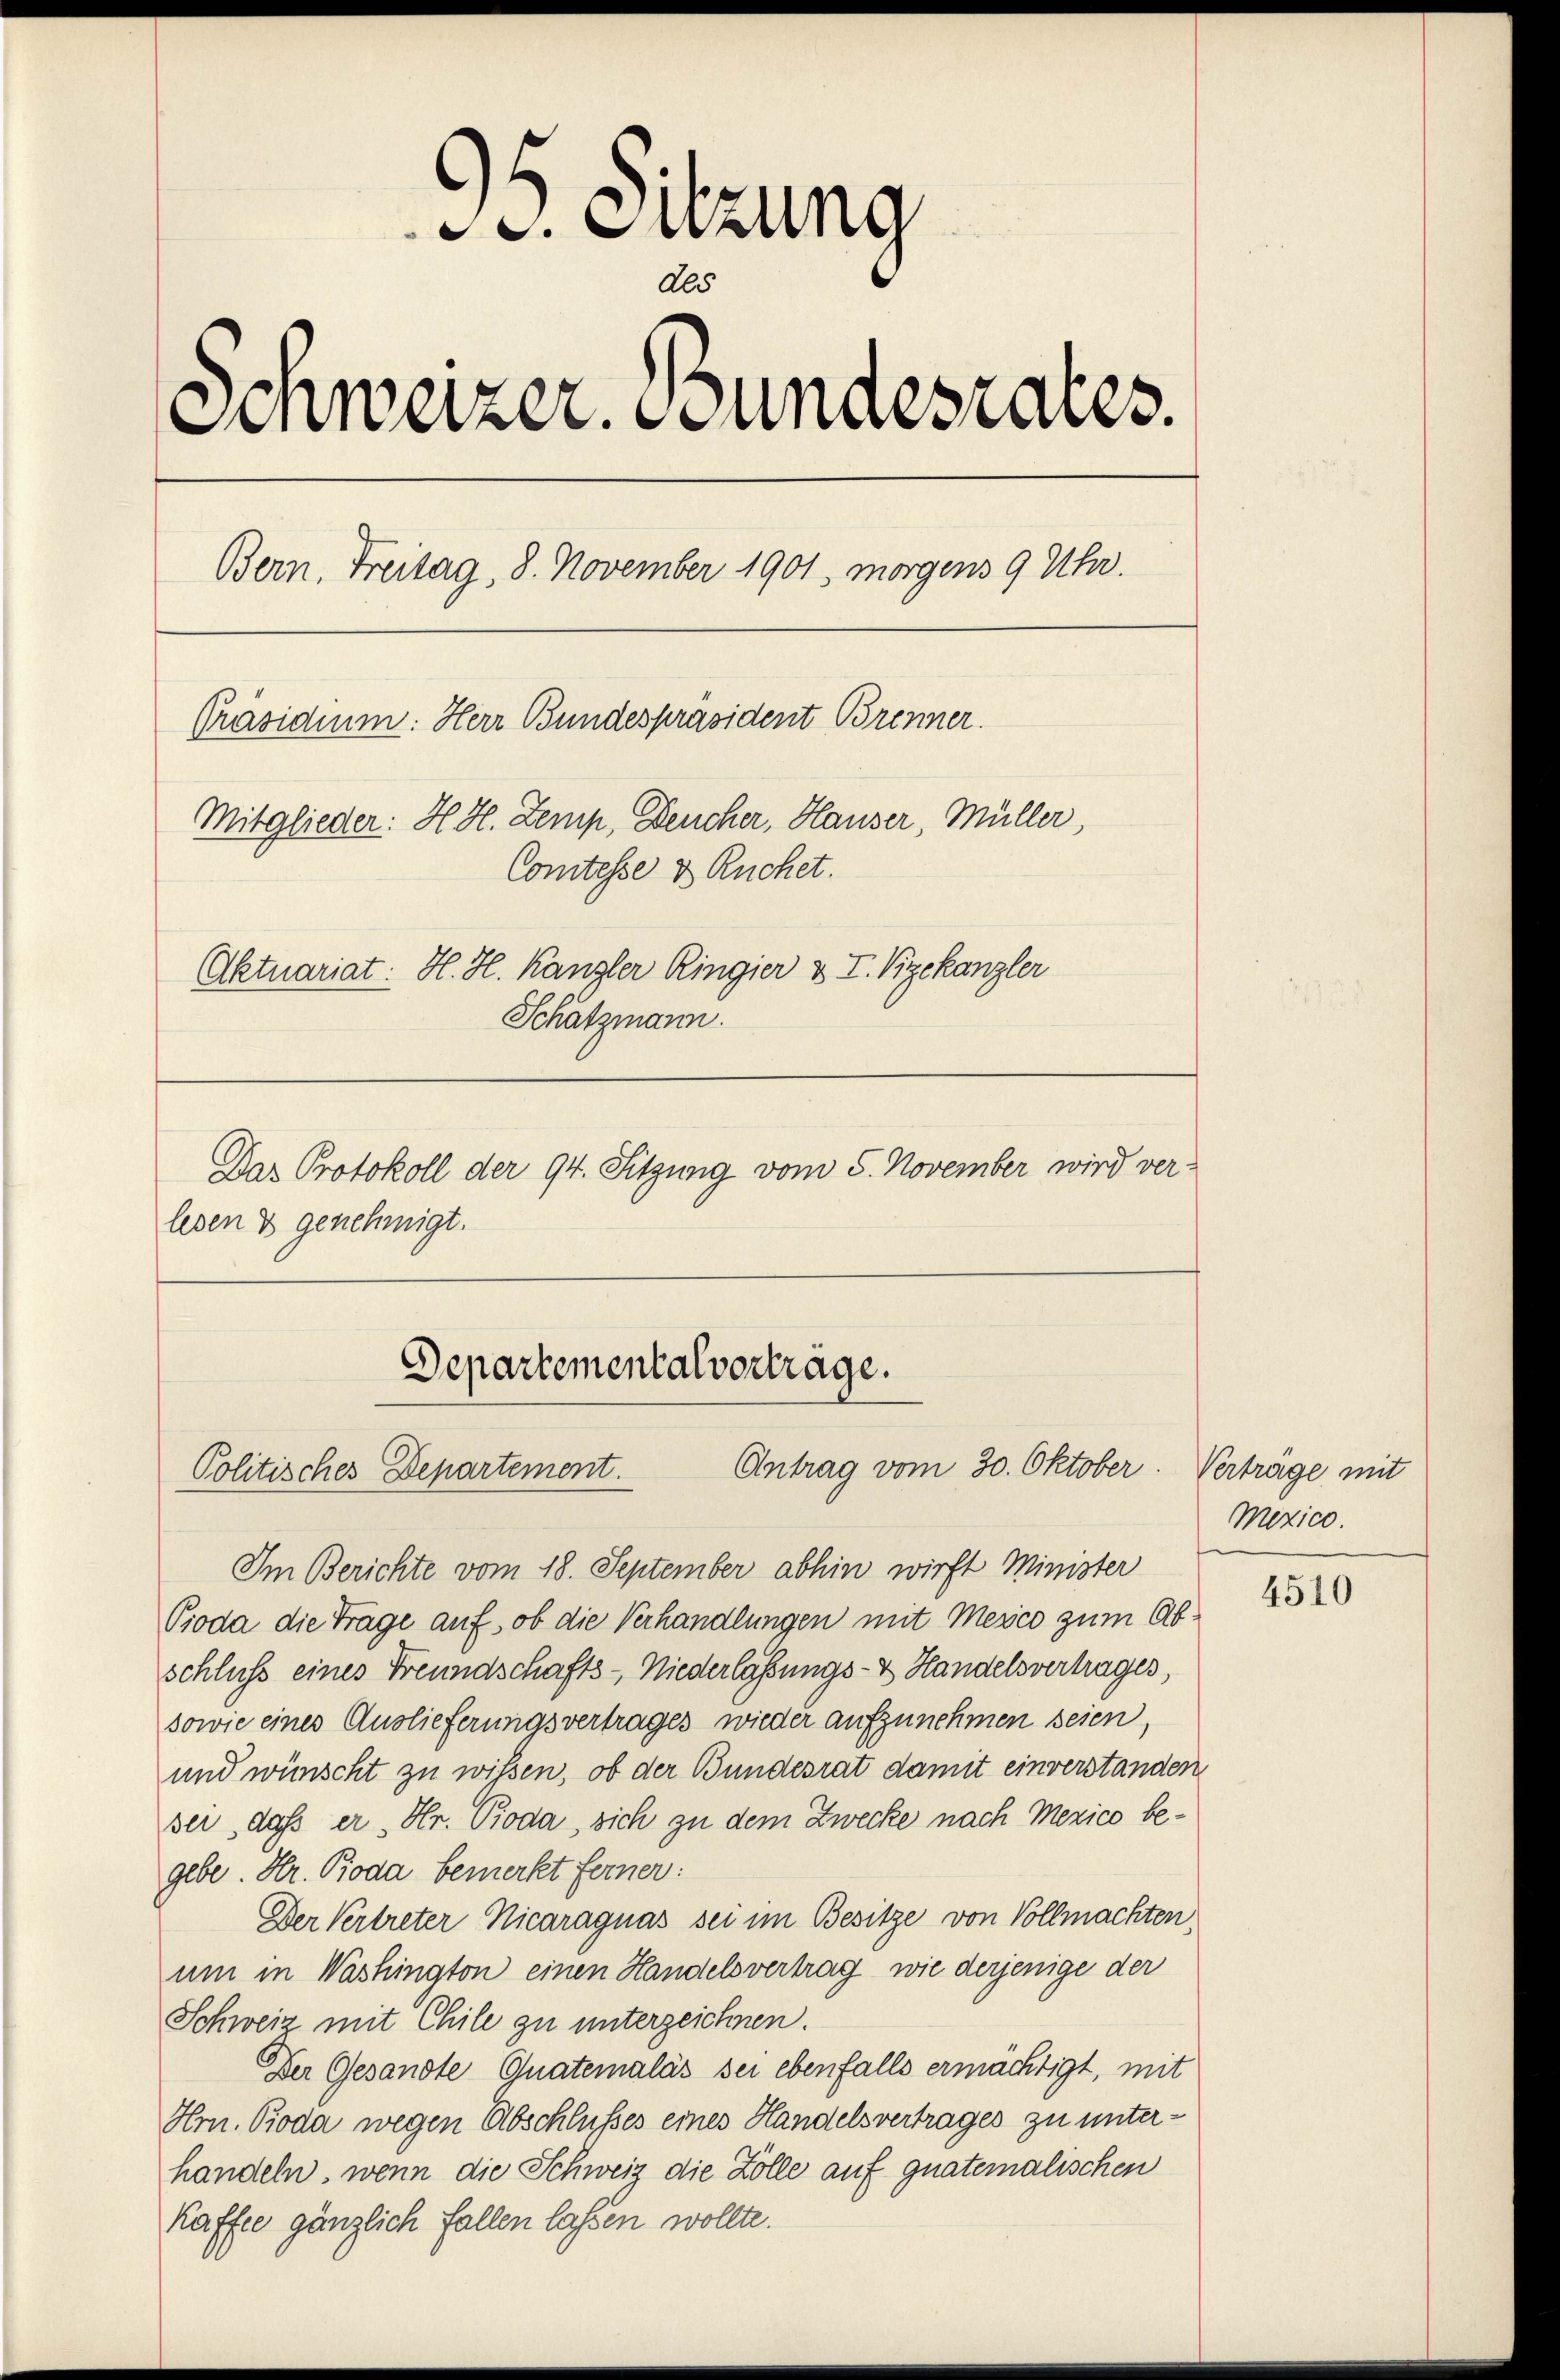
C. Sitzung
Ali
Schweizer. Bundesrates.
Bern, Freitag, 8. November 1901, morgens 9 Uhr.
Präsidium: Herr Bundespräsident Brenner.
Mitglieder: H. H. Zemp, Deucher, Hauser, Müller,
Comtesse & Ruchet.
Aktuariat: H. H. Kanzler Ringier & T. Vizekanzler
Schätzmann.
Dar Protokoll der 94. Sitzung vom 5. November wird ver-
lesen & genehmigt.

Im Berichte vom 18. September abhin wirft Minister
Boda die Trage auf, ob die Verhandlungen mit Mesco zum Abschluss eines Freundschafts-Niederlassungs- & Handelsvertrages,
sowie eines Auslieferungsvertrages wieder aufzunehmen seien,
und wünscht zu wissen, ob der Bundesrat damit einverstanden
ser, daß er, Hr. Pioda, sich zu dem Zwecke nach Mezico begebe. Hr. Boda bemerkt ferner:
Der Vertreter Nicaraguas sei im Besitze von Vollmachten,
um in Washington einen Handelsvertrag, wie derjenige der
Schweiz mit Chile zu unterzeichnen.
Der Gesandte Quatemalás sei ebenfalls ermächtigt, mit
Hr. Pioda wegen Abschlusses eines Handelsvertrages zu unterhandeln, wenn die Schweiz die Zolle auf guatemalischen
Kaffee gänzlich fallen lassen wollte.

Departemental vortrage.
Antrag vom 30. Oktober.
Politisches Departement.

Verträge mit
Mezico

4510